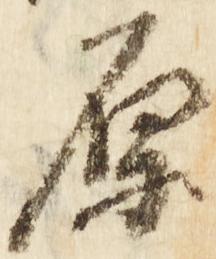
原